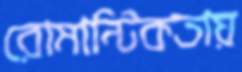
রোমান্টিকতায়